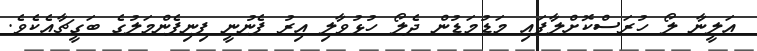
އަލީނާ ލޯ ހުރަސްކޮށްލާފައި މަޑުމަޑުން ދެލޯ ހުޅުވާލި އިރު ފެނުނީ ފިނިފެންމަލުގެ ބަގީޗާއެކެވެ.